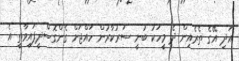
އަދި އޭގެ ތެރެއިން ދެ މީހަކު ބުނީ ސަރުކާރުން ހައްޖަށް ގެންގޮސްދީފައިވާތީ އެ